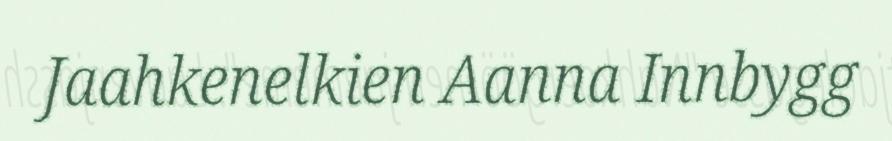
Jaahkenelkien Aanna Innbygg